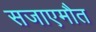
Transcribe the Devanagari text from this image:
सजाएमौत